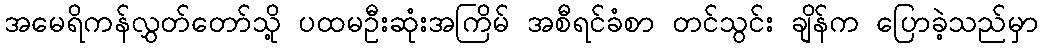
အမေရိကန်လွှတ်တော်သို့ ပထမဦးဆုံးအကြိမ် အစီရင်ခံစာ တင်သွင်း ချိန်က ပြောခဲ့သည်မှာ